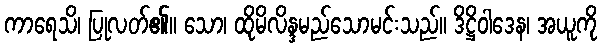
ကာရေသိ၊ ပြုလတ်၏။ သော၊ ထိုမိလိန္ဒမည်သောမင်းသည်။ ဒိဋ္ဌိဝါဒေန၊ အယူကို